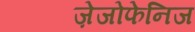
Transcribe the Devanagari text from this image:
ज़ेजोफेनिज